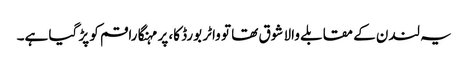
یہ لندن کے مقابلے والا شوق تھا تو واٹر بورڈ کا، پر مہنگا راقم کو پڑ گیا ہے۔